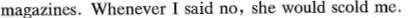
magazines. Whenever I said no, she would scold me.